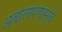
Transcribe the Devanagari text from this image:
अबोलपणामुळे